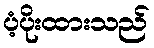
ပံ့ပိုးထားသည်